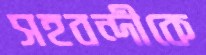
সহবন্দীকে